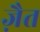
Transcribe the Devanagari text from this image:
ज़ैत